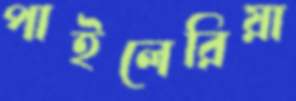
পাইলেরিয়া